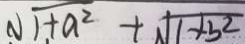
\sqrt { 1 + a ^ { 2 } } + \sqrt { 1 + b ^ { 2 } }